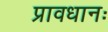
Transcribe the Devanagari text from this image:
प्रावधानः